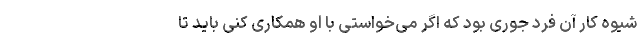
شیوه کار آن فرد جوری بود که اگر می‌خواستی با او همکاری کنی باید تا